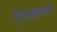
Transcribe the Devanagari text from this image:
पृष्ठभागाने